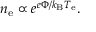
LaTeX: n _ { \mathrm { e } } \propto e ^ { e \Phi / k _ { \mathrm { B } } T _ { \mathrm { e } } } .